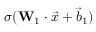
\sigma ( \mathbf { W } _ { 1 } \cdot \Vec { x } + \Vec { b } _ { 1 } )